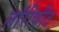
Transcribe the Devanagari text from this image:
लॉरीकीट